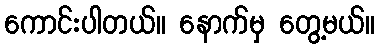
ကောင်းပါတယ်။ နောက်မှ တွေ့မယ်။